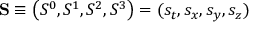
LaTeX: \mathbf { S } \equiv \left( S ^ { 0 } , S ^ { 1 } , S ^ { 2 } , S ^ { 3 } \right) = ( s _ { t } , s _ { x } , s _ { y } , s _ { z } )